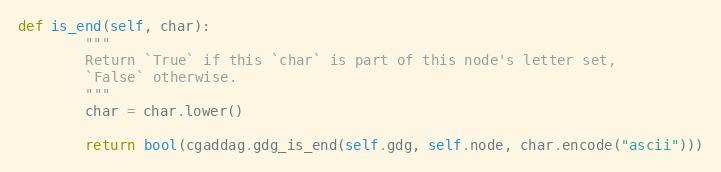
Language: Python
def is_end(self, char):
        """
        Return `True` if this `char` is part of this node's letter set,
        `False` otherwise.
        """
        char = char.lower()

        return bool(cgaddag.gdg_is_end(self.gdg, self.node, char.encode("ascii")))